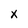
Character: x